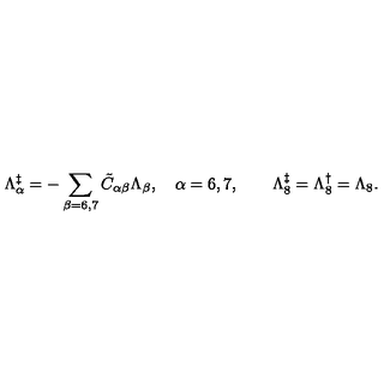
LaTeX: \Lambda _ { \alpha } ^ { \ddagger } = - \sum _ { \beta = 6 , 7 } \tilde { C } _ { \alpha \beta } \Lambda _ { \beta } , \quad \alpha = 6 , 7 , \quad \quad \Lambda _ { 8 } ^ { \ddagger } = \Lambda _ { 8 } ^ { \dagger } = \Lambda _ { 8 } .